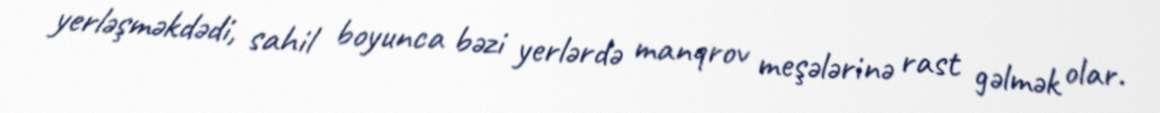
yerləşməkdədi, sahil boyunca bəzi yerlərdə manqrov meşələrinə rast gəlmək olar.